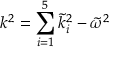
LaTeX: k ^ { 2 } = \sum _ { i = 1 } ^ { 5 } \tilde { k } _ { i } ^ { 2 } - \tilde { \omega } ^ { 2 }